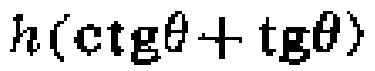
\(h(\mathrm{ctg}\theta+\mathrm{tg}\theta)\)